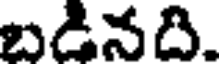
బడినది.